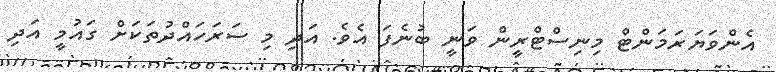
އެންވަޔަރަމަންޓް މިނިސްޓްރީން ވަނީ ބުނެފަ އެވެ. އަދި މި ސަރަހައްދުތަކަށް ގައުމީ އަދި